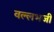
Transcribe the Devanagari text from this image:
वल्लभजी